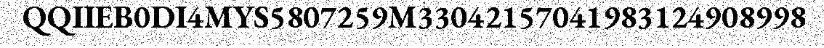
QQIIEB0DI4MYS5807259M33042157041983124908998